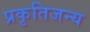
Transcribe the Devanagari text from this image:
प्रकृतिजन्य